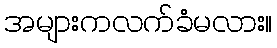
အများကလက်ခံမလား။